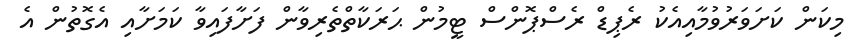
މިކަން ކަށަވަރުވުމާއިއެކު ރެޕިޑް ރެސްޕޮންސް ޓީމުން ޙަރަކާތްތެރިވާން ފަށާފައިވާ ކަމަށާއި އެގޮތުން އެ